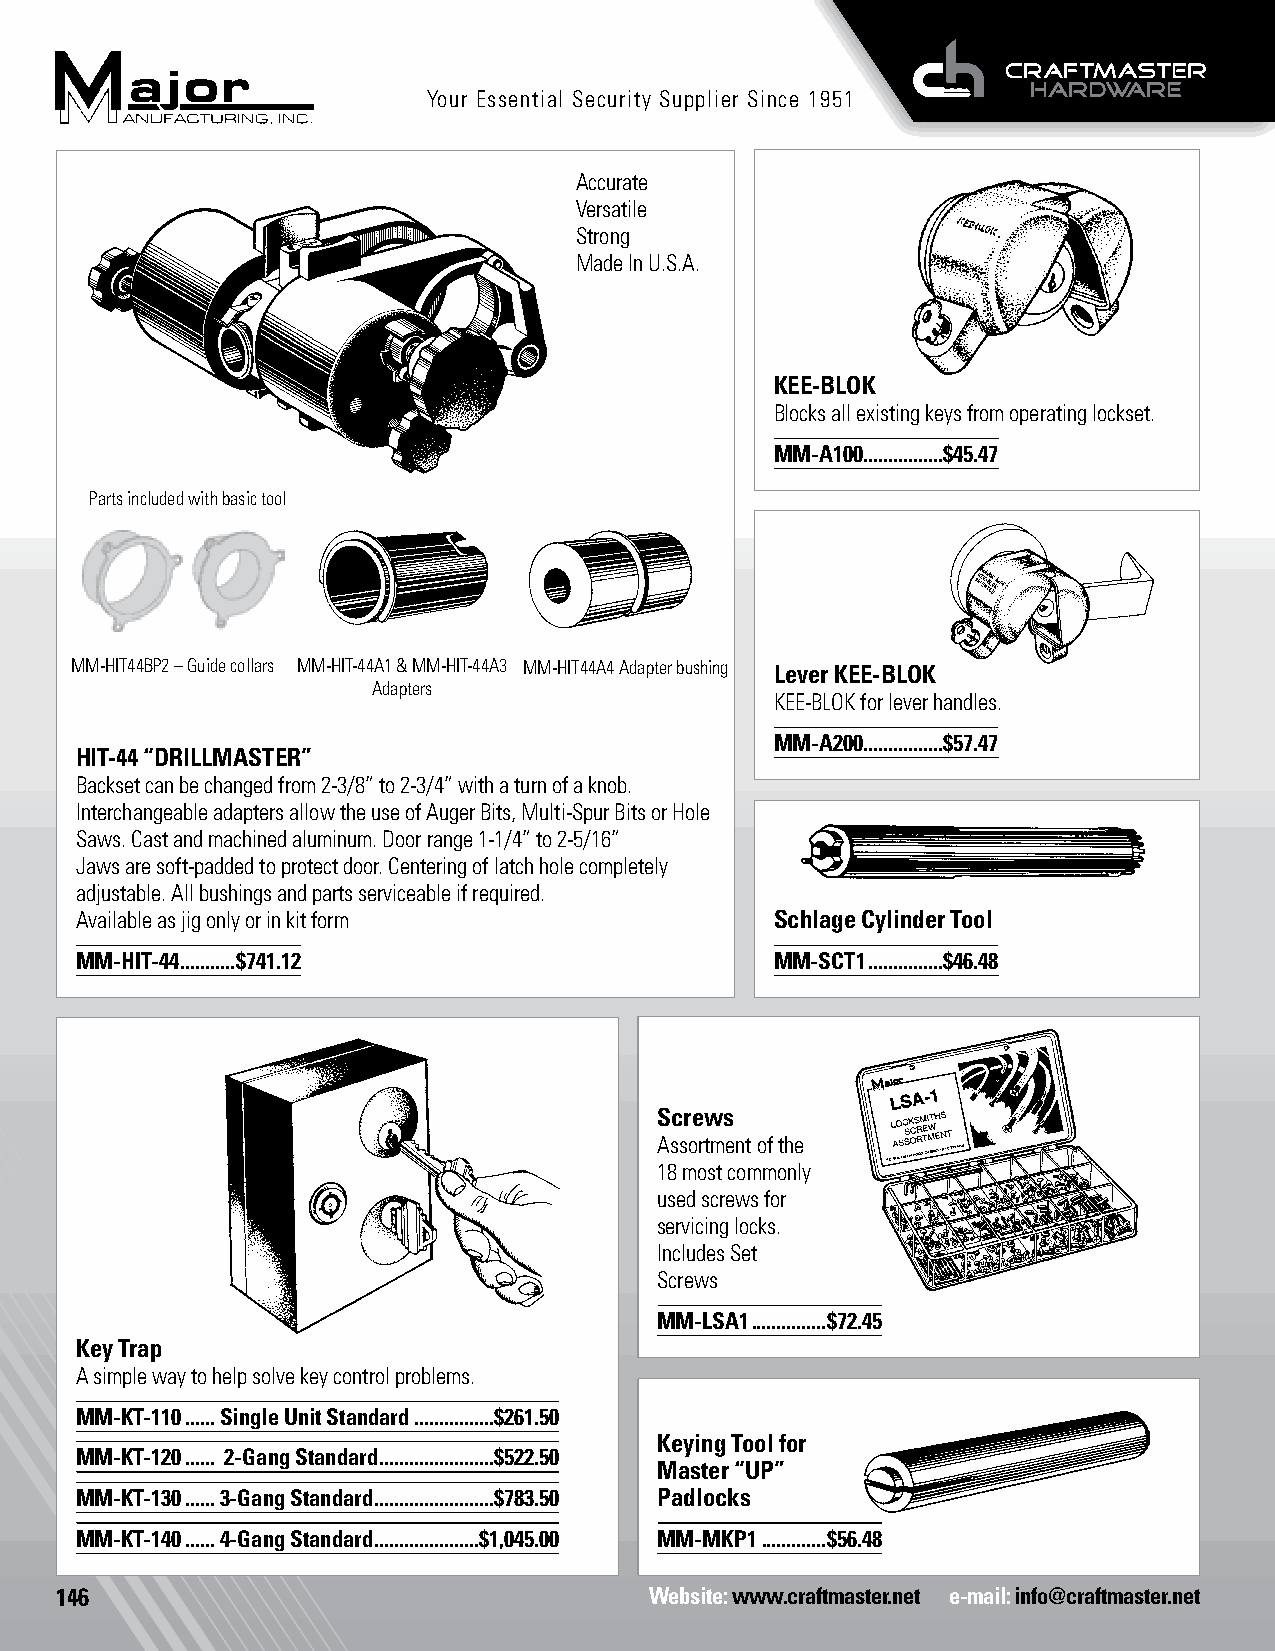
Your Essential Security Supplier Since 1951
 Accurate
 Versatile
 Strong
 Made In U.S.A.
 KEE-BLOK
 Blocks all existing keys from operating lockset.
 MM-A100................$45.47
 Parts included with basic tool
 MM-HIT44BP2 – Guide collars MM-HIT-44A1 & MM-HIT-44A3 MM-HIT44A4 Adapter bushing Lever KEE-BLOK
 Adapters
 KEE-BLOK for lever handles.
 MM-A200................$57.47
 HIT-44 “DRILLMASTER”
 Backset can be changed from 2-3/8” to 2-3/4” with a turn of a knob.
 Interchangeable adapters allow the use of Auger Bits, Multi-Spur Bits or Hole
 Saws. Cast and machined aluminum. Door range 1-1/4” to 2-5/16”
 Jaws are soft-padded to protect door. Centering of latch hole completely
 adjustable. All bushings and parts serviceable if required.
 Available as jig only or in kit form          Schlage Cylinder Tool Followers
 MM-HIT-44 ...........$741.12                  MM-SCT1 ...............$46.48
 Screws
 Assortment of the
 18 most commonly
 used screws for
 servicing locks.
 Includes Set
 Screws
 MM-LSA1 ...............$72.45
 Key Trap
 A simple way to help solve key control problems.
 MM-KT-110 ......Single Unit Standard ................$261.50 Followers
 Keying Tool for
 MM-KT-120 ...... 2-Gang Standard .......................$522.50
 Master “UP”
 MM-KT-130 ......3-Gang Standard ........................$783.50 Padlocks
 MM-KT-140 ......4-Gang Standard .....................$1,045.00 MM-MKP1 .............$56.48
 146                                    Website: www.craftmaster.net e-mail: info@craftmaster.net